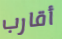
أقارب